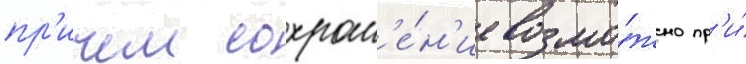
пр'ичем сохран'е́н'ие возмо́жно пр'и́